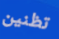
تظنين